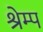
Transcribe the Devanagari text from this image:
श्रेम्प